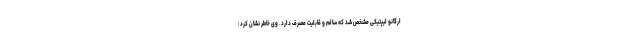
ارگانو لیپتیکی مشخص شد که سالم و قابلیت مصرف دارد. وی خاطر نشان کرد: